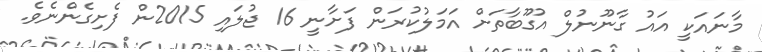
މާނައަކީ އައު ގާނޫނުލް އުގޫބާތަށް އަމަލުކުރަން ފަށާނީ 16 ޖުލައި 2015ން ފެށިގެންނެވެ.